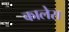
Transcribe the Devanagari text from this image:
कालेरा